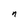
Character: n